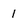
Character: 1